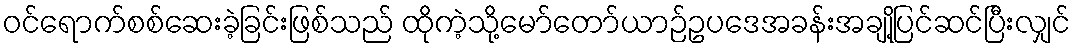
ဝင်ရောက်စစ်ဆေးခဲ့ခြင်းဖြစ်သည် ထိုကဲ့သို့မော်တော်ယာဉ်ဥပဒေအခန်းအချို့ပြင်ဆင်ပြီးလျှင်